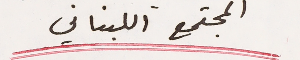
المجتمع اللبناني